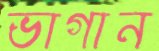
ভাগান